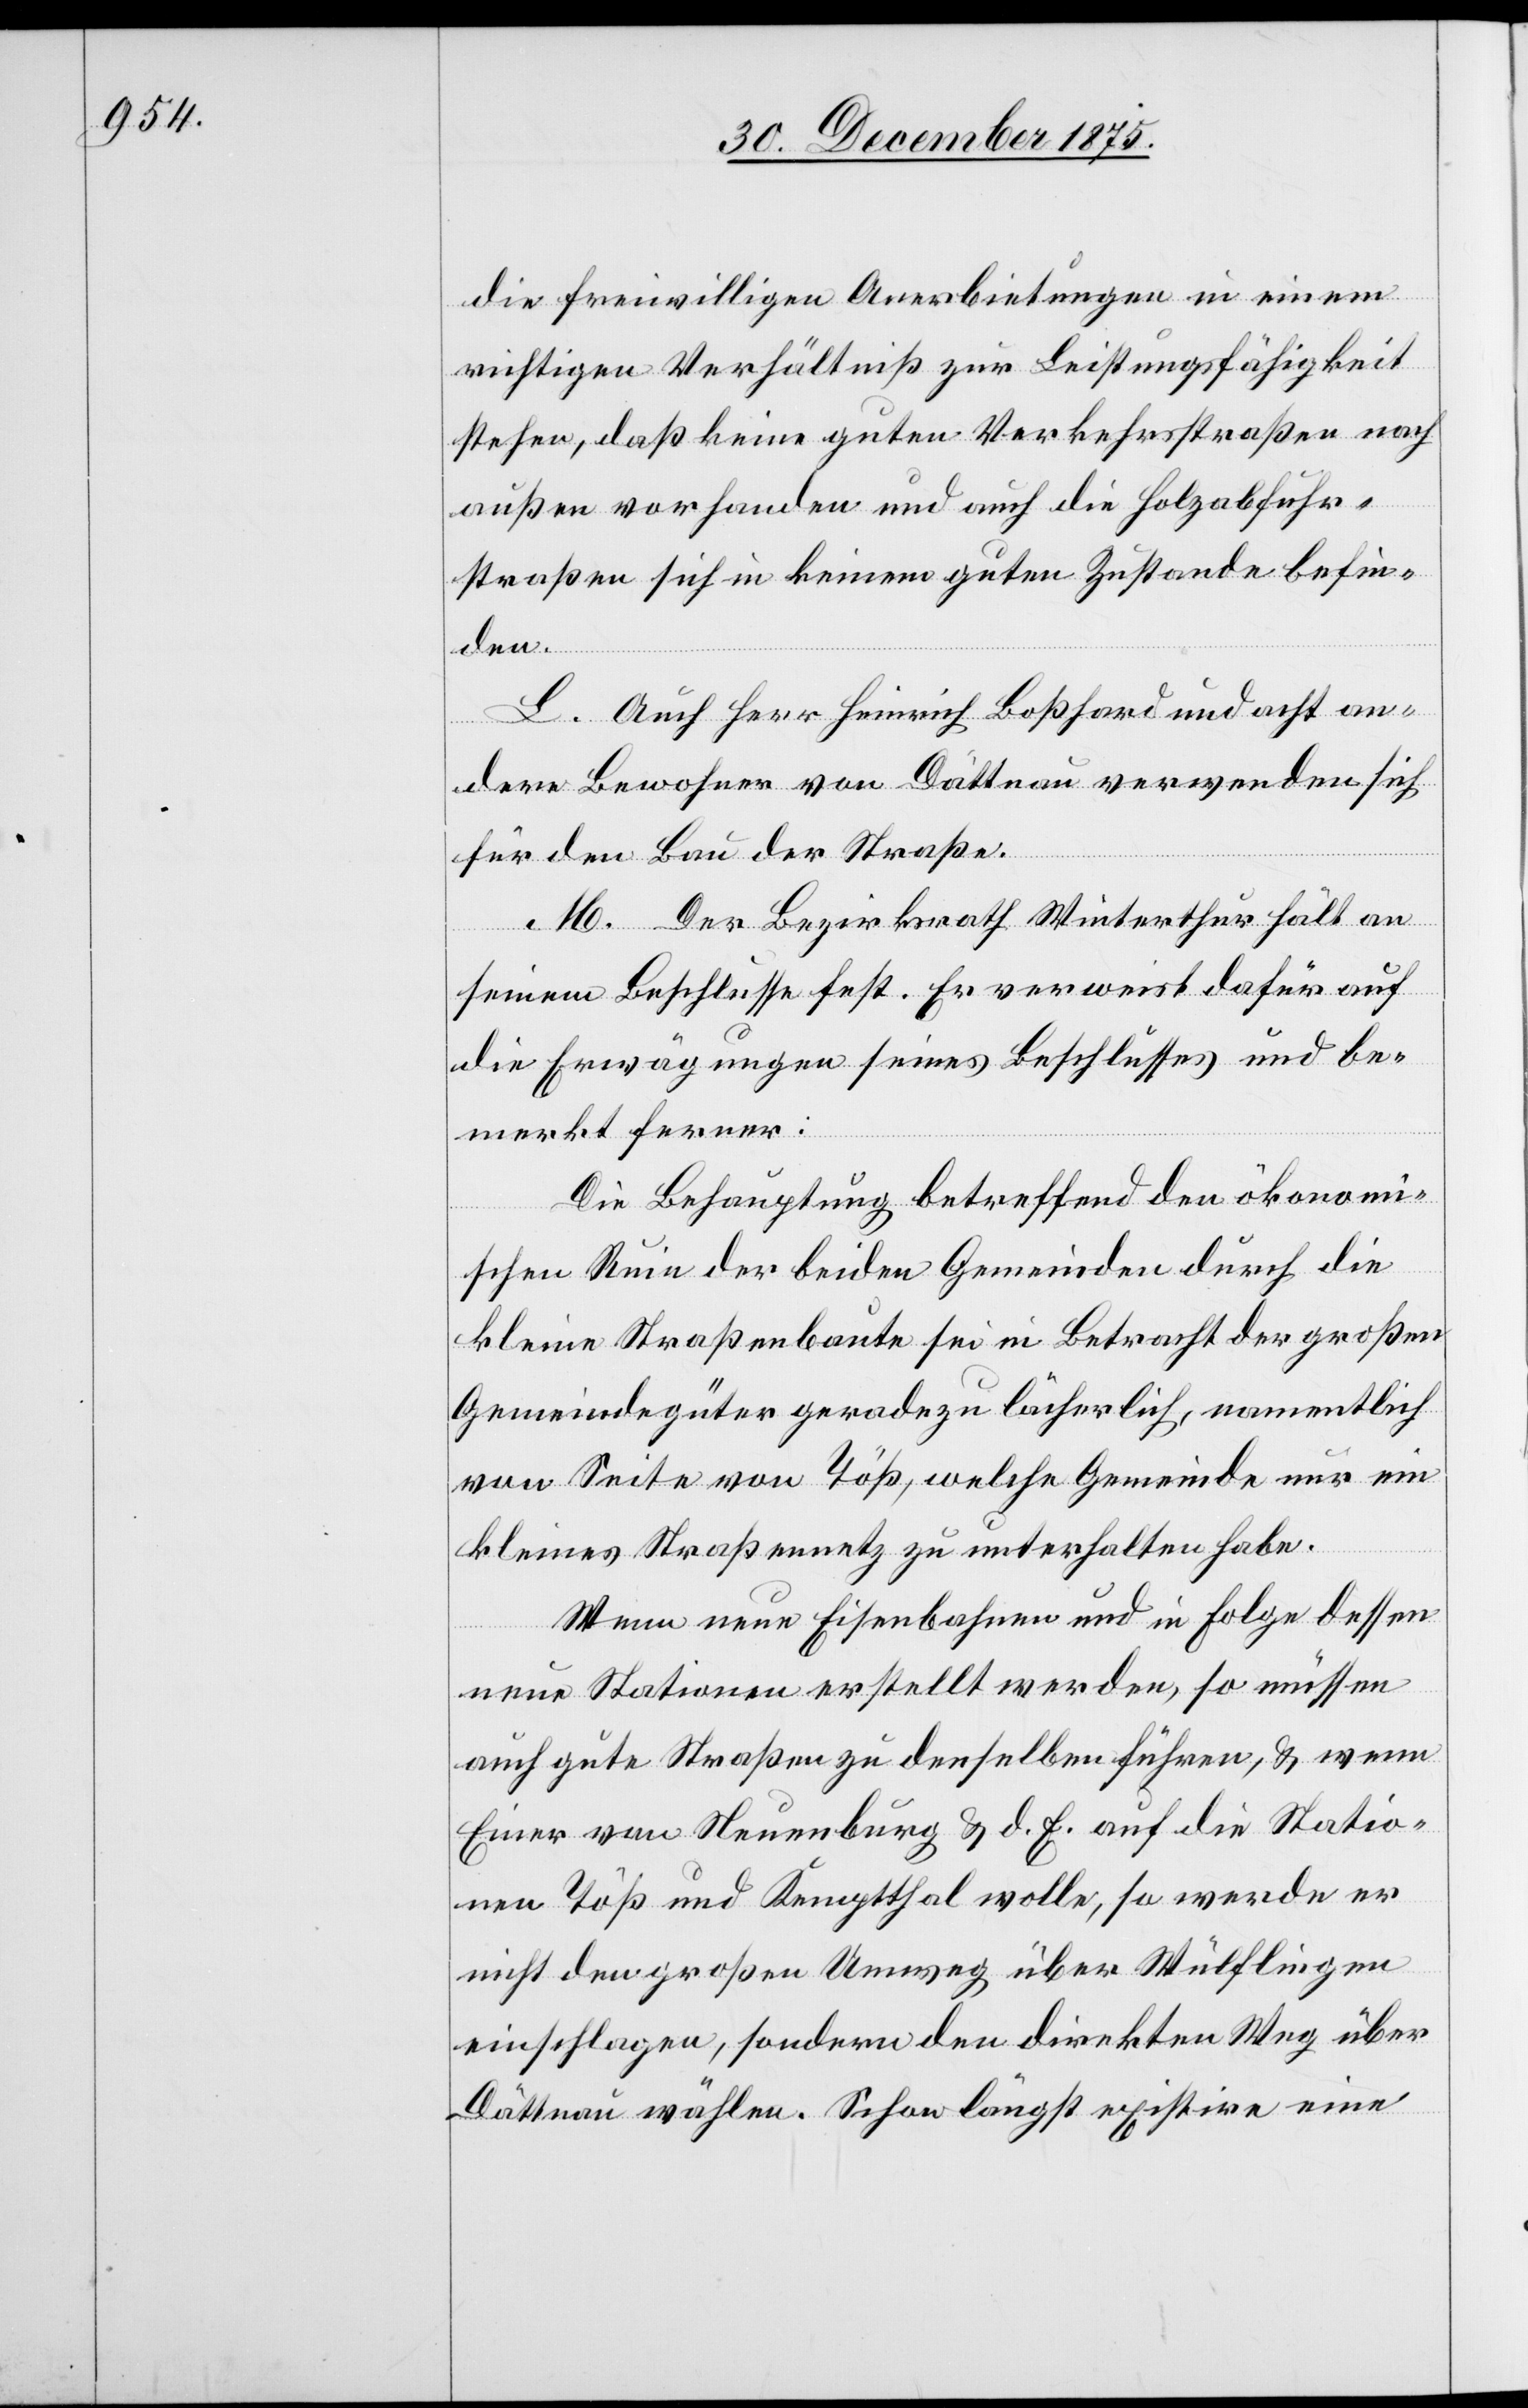
die freiwilligen Anerbietungen in einem
richtigen Verhältniß zur Leistungsfähigkeit
stehen, daß keine guten Verkehrsstraßen nach
außen vorhanden und auch die Holzabfuhr¬
straßen sich in keinem guten Zustande befin¬
den.
L. Auch Herr Heinrich Boßhard und acht an¬
dere Bewohner von Dättnau verwenden sich
für den Bau der Straße.
M. Der Bezirksrath Winterthur hält an
seinem Beschlusse fest. Er verweist dafür auf
die Erwägungen seines Beschlusses und be¬
merkt ferner:
Die Behauptung betreffend den ökonomi¬
schen Ruin der beiden Gemeinden durch die
kleine Straßenbaute seien in Betracht der großen
Gemeindegüter geradezu lächerlich, namentlich
von Seite von Töß, welche Gemeinde nur ein
kleines Straßennetz zu unterhalten habe.
Wenn neue Eisenbahnen und in Folge dessen
neue Stationen erstellt werden, so müssen
auch gute Straßen zu denselben führen, & wenn
Einer von Neuenburg & d. E. auf die Statio¬
nen Töß und Kempthal wolle, so werde er
nicht den großen Umweg über Wülflingen
einschlagen, sondern den direkten Weg über
Dättnau wählen. Schon längst existire eine